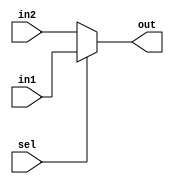
module ConditionalOperatorAssignment (
    input wire sel,        // Selection signal
    input wire [7:0] in1, // First input signal
    input wire [7:0] in2, // Second input signal
    output reg [7:0] out  // Output signal
);

    // Always block to evaluate the condition and assign the output
    always @(*) begin
        // Assign output based on the condition using the ternary operator
        out = (sel) ? in1 : in2;  // If sel is true (1), assign in1; otherwise assign in2
    end

endmodule